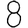
Digit: 8